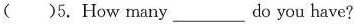
()5. How many___do you have?